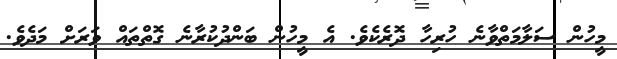
މީހުން ސަލާމަތްވާނެ ހުރިހާ ދޮރެކެވެ. އެ މީހުން ބަންދުކުރާނެ ގޮތްތައް ވަރަށް މަދެވެ.